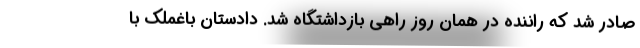
صادر شد که راننده در همان روز راهی بازداشتگاه شد. دادستان باغملک با